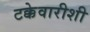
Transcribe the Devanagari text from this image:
टक्केवारीशी